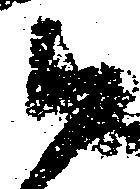
尉